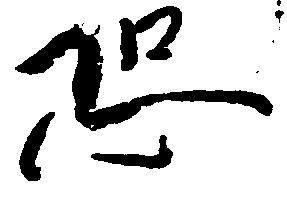
恐